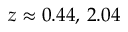
z \approx 0 . 4 4 , \, 2 . 0 4